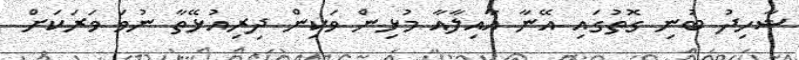
ޝާހިދު ބުނި ގޮތުގައި އޭނާ އާއިލާއާ މުޅިން ވަކިން ދިރިއުޅޭތާ ނުވަ ވަރަކަށް